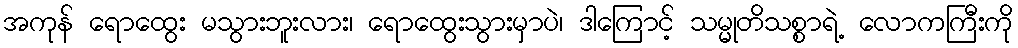
အကုန် ရောထွေး မသွားဘူးလား၊ ရောထွေးသွားမှာပဲ၊ ဒါကြောင့် သမ္မုတိသစ္စာရဲ့ လောကကြီးကို